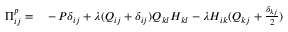
\begin{array} { r l } { \Pi _ { i j } ^ { p } = } & { { } - P \delta _ { i j } + \lambda ( Q _ { i j } + \delta _ { i j } ) Q _ { k l } H _ { k l } - \lambda H _ { i k } ( Q _ { k j } + \frac { \delta _ { k j } } { 2 } ) } \end{array}